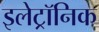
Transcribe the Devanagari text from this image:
इलेट्रॉनिक